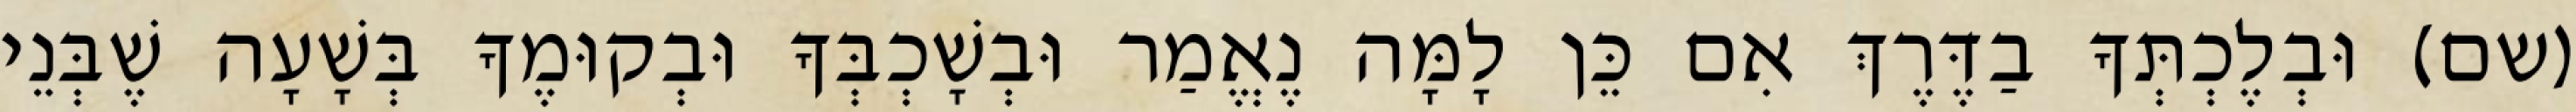
(שם) וּבְלֶכְתְּךָ בַדֶּרֶךְ אִם כֵּן לָמָּה נֶאֱמַר וּבְשָׁכְבְּךָ וּבְקוּמֶךָ בְּשָׁעָה שֶׁבְּנֵי